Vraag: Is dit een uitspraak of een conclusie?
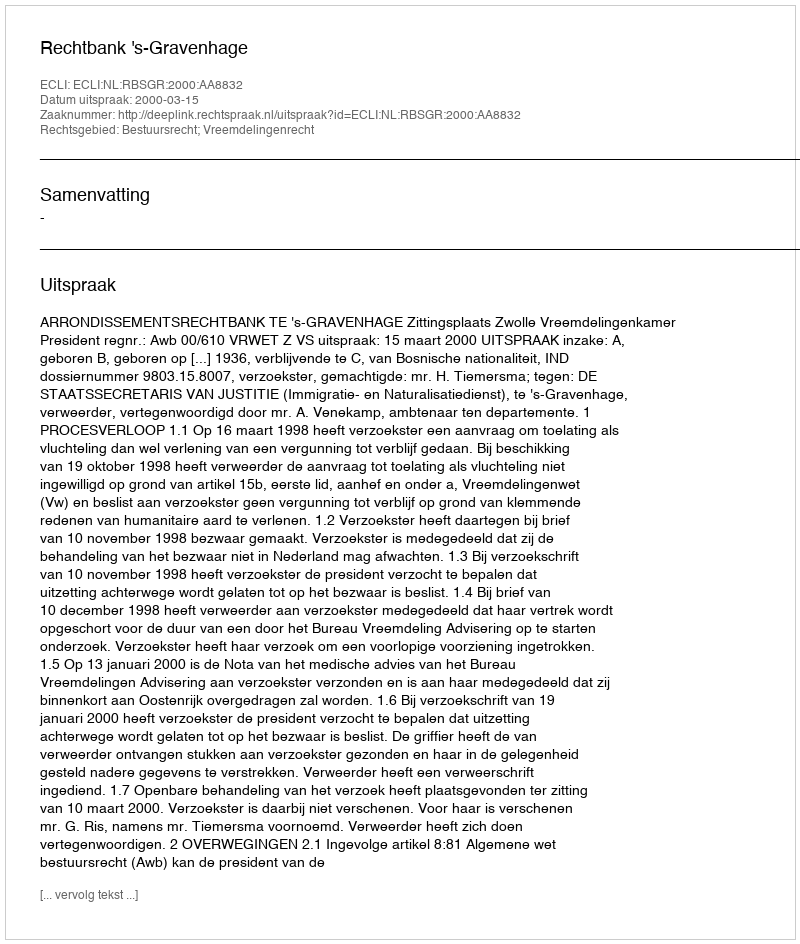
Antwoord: Uitspraak